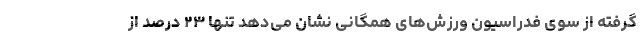
گرفته از سوی فدراسیون ورزش‌های همگانی نشان می‌دهد تنها ۲۳ درصد از